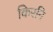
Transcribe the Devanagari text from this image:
किरनि